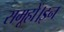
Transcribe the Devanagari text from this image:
समूहों।इन